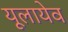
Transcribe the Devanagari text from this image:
यूलायेव